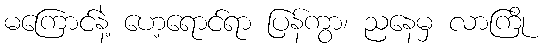
မကြောင်နဲ့ ဟေ့ရောင်ရာ ပြန်ကွာ၊ ညနေမှ လာကြို